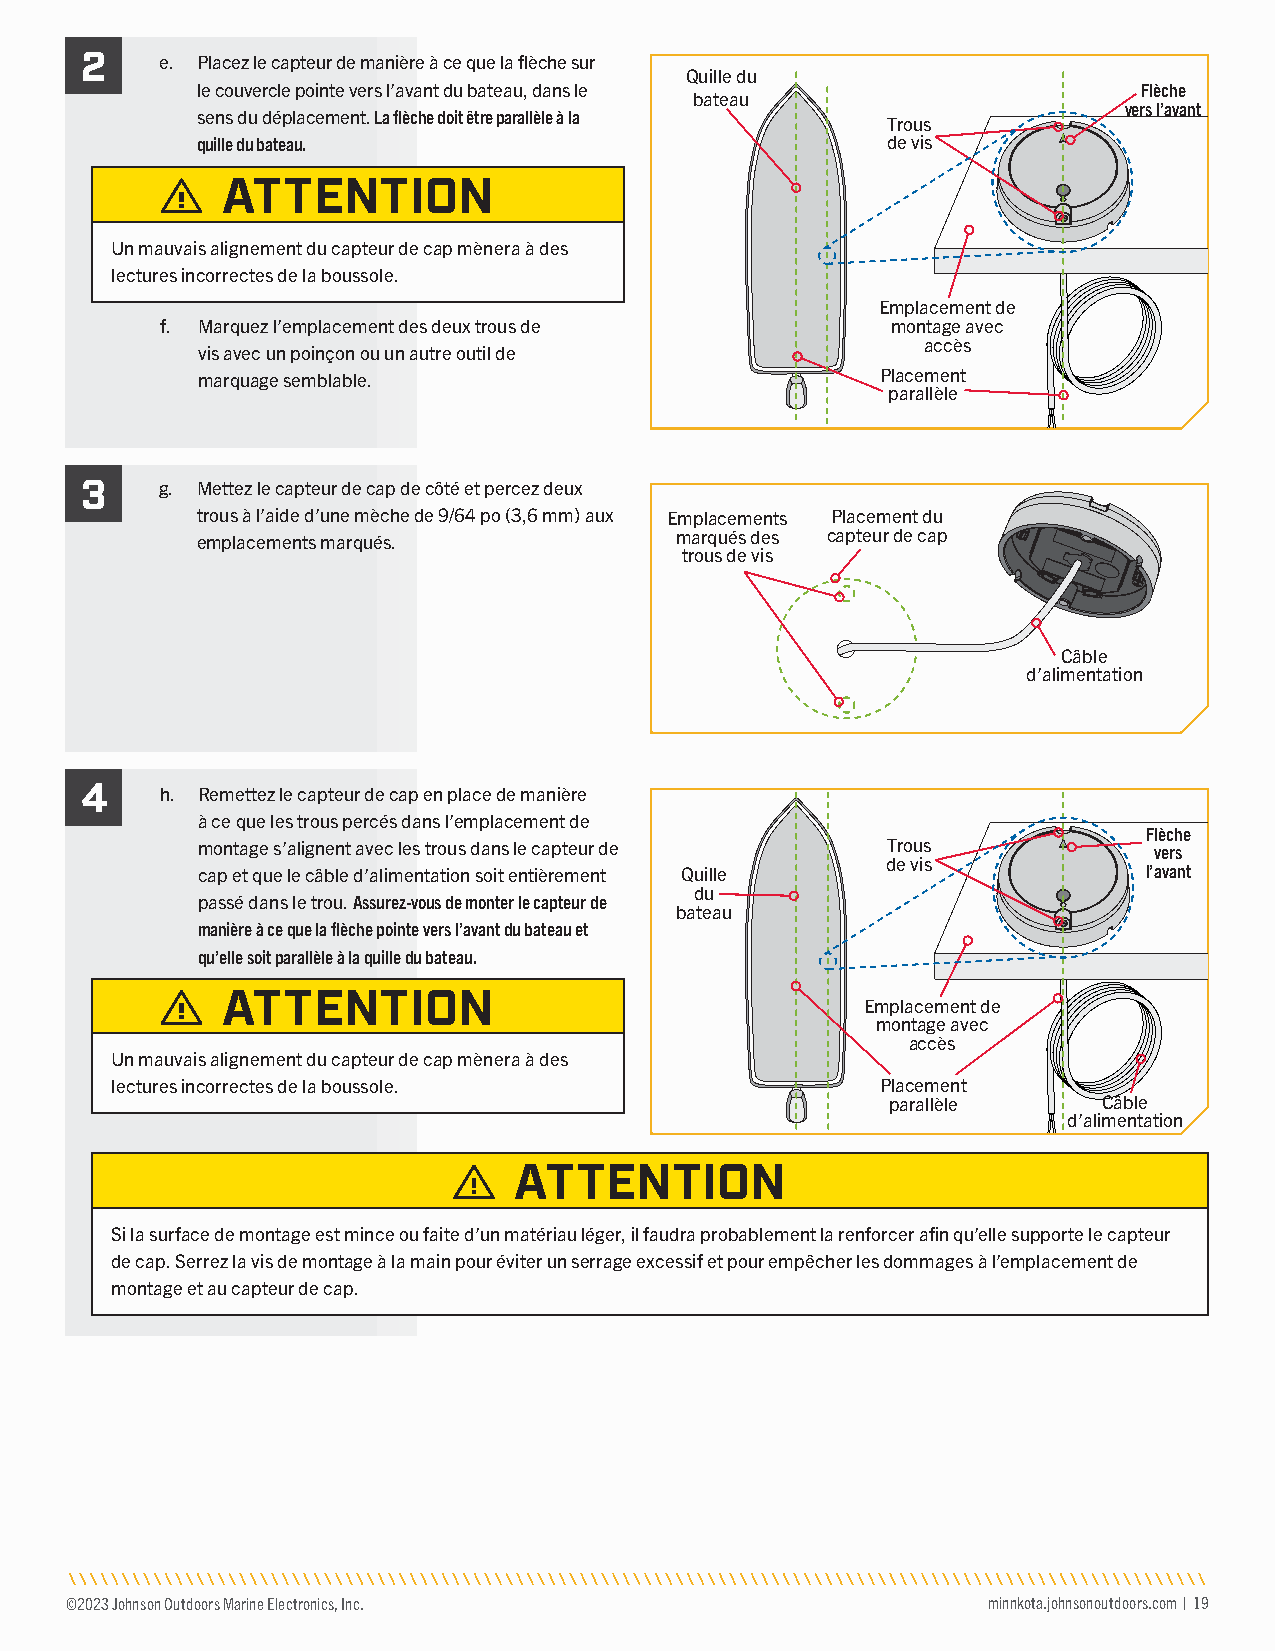
2
 e. Placez le capteur de manière à ce que la flèche sur
 Quille du
 le couvercle pointe vers l’avant du bateau, dans le            Flèche
 bateau
 vers l’avant
 sens du déplacement. La flèche doit être parallèle à la
 Trous
 quille du bateau.                             de vis
 ATTENTION
 Un mauvais alignement du capteur de cap mènera à des
 lectures incorrectes de la boussole.
 Emplacement de
 f. Marquez l’emplacement des deux trous de      montage avec
 accès
 vis avec un poinçon ou un autre outil de
 marquage semblable.                          Placement
 parallèle
 3     g. Mettez le capteur de cap de côté et percez deux
 trous à l’aide d’une mèche de 9/64 po (3,6 mm) aux Emplacements Placement du
 emplacements marqués.           marqués des capteur de cap
 trous de vis
 Câble
 d’alimentation
 4
 h. Remettez le capteur de cap en place de manière
 à ce que les trous percés dans l’emplacement de
 Flèche
 montage s’alignent avec les trous dans le capteur de Trous     vers
 de vis
 cap et que le câble d’alimentation soit entièrement Quille     l’avant
 du
 passé dans le trou. Assurez-vous de monter le capteur de
 bateau
 manière à ce que la flèche pointe vers l’avant du bateau et
 qu’elle soit parallèle à la quille du bateau.
 ATTENTION
 Emplacement de
 montage avec
 accès
 Un mauvais alignement du capteur de cap mènera à des
 lectures incorrectes de la boussole.               Placement
 parallèle     Câble
 d’alimentation
 ATTENTION
 Si la surface de montage est mince ou faite d’un matériau léger, il faudra probablement la renforcer afin qu’elle supporte le capteur
 de cap. Serrez la vis de montage à la main pour éviter un serrage excessif et pour empêcher les dommages à l’emplacement de
 montage et au capteur de cap.
 ©2023 Johnson Outdoors Marine Electronics, Inc.              minnkota.johnsonoutdoors.com | 19